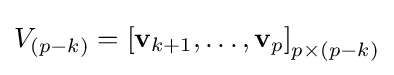
V_{(p-k)}=\left[\mathbf {v} _{k+1},\ldots ,\mathbf {v} _{p}\right]_{p\times (p-k)}